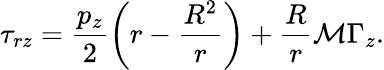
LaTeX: \tau_{rz}=\frac{p_{z}}{2}\left(r-\frac{R^{2}}{r}\right)+\frac{R}{r}\mathcal{M}\Gamma_{z}.